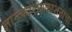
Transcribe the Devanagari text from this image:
ज्ञानकोशप्रकाशनाचा